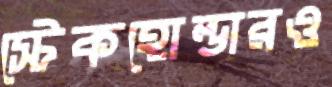
স্টেকহোল্ডারও